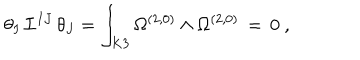
LaTeX: \theta _ { I } \, { \cal I } ^ { I J } \, \theta _ { J } = \int _ { K 3 } \Omega ^ { ( 2 , 0 ) } \wedge \Omega ^ { ( 2 , 0 ) } \, = \, 0 \ ,